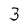
Character: 3